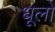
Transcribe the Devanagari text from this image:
धूलो